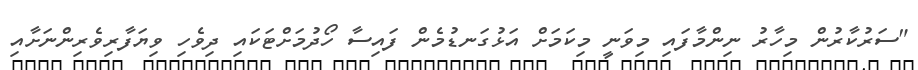
"ސަރުކާރުން މިހާރު ނިންމާފައި މިވަނީ މިކަމަށް އަޅުގަނޑުމެން ފައިސާ ހޯދުމަށްޓަކައި ދިވެހި ވިޔަފާރިވެރިންނަށާއި